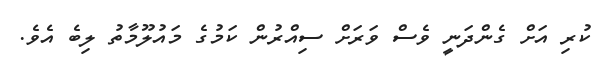
ކުރި އަށް ގެންދަނީ ވެސް ވަރަށް ސިއްރުން ކަމުގެ މައުލޫމާތު ލިބެ އެވެ.